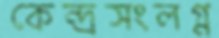
কেন্দ্রসংলগ্ন